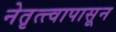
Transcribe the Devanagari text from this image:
नेतृत्त्वापासून